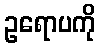
ဥရောပကို